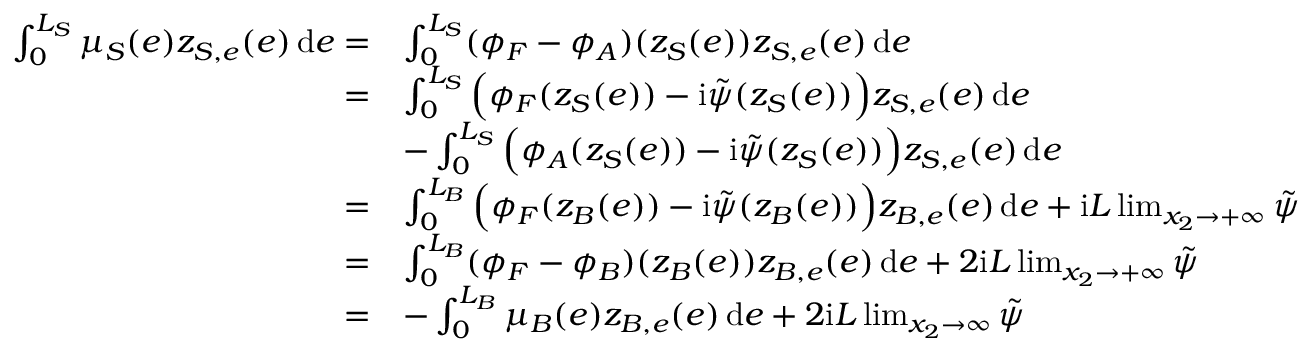
\begin{array} { r l } { \int _ { 0 } ^ { L _ { S } } \mu _ { S } ( e ) z _ { S , e } ( e ) \, \mathrm { d } e = } & { \int _ { 0 } ^ { L _ { S } } ( \phi _ { F } - \phi _ { A } ) ( z _ { S } ( e ) ) z _ { S , e } ( e ) \, \mathrm { d } e } \\ { = } & { \int _ { 0 } ^ { L _ { S } } \Big ( \phi _ { F } ( z _ { S } ( e ) ) - \mathrm { i } \tilde { \psi } ( z _ { S } ( e ) ) \Big ) z _ { S , e } ( e ) \, \mathrm { d } e } \\ & { - \int _ { 0 } ^ { L _ { S } } \Big ( \phi _ { A } ( z _ { S } ( e ) ) - \mathrm { i } \tilde { \psi } ( z _ { S } ( e ) ) \Big ) z _ { S , e } ( e ) \, \mathrm { d } e } \\ { = } & { \int _ { 0 } ^ { L _ { B } } \Big ( \phi _ { F } ( z _ { B } ( e ) ) - \mathrm { i } \tilde { \psi } ( z _ { B } ( e ) ) \Big ) z _ { B , e } ( e ) \, \mathrm { d } e + \mathrm { i } L \operatorname* { l i m } _ { x _ { 2 } \to + \infty } \tilde { \psi } } \\ { = } & { \int _ { 0 } ^ { L _ { B } } ( \phi _ { F } - \phi _ { B } ) ( z _ { B } ( e ) ) z _ { B , e } ( e ) \, \mathrm { d } e + 2 \mathrm { i } L \operatorname* { l i m } _ { x _ { 2 } \to + \infty } \tilde { \psi } } \\ { = } & { - \int _ { 0 } ^ { L _ { B } } \mu _ { B } ( e ) z _ { B , e } ( e ) \, \mathrm { d } e + 2 \mathrm { i } L \operatorname* { l i m } _ { x _ { 2 } \to \infty } \tilde { \psi } } \end{array}